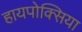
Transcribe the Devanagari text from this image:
हायपोक्सिया